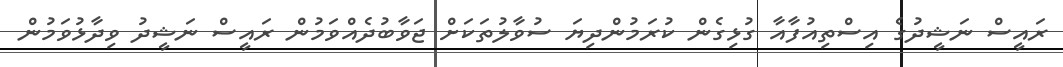
ރައީސް ނަޝީދުގެ އިސްތިއުފާއާ ގުޅިގެން ކުރަމުންދިޔަ ސުވާލުތަކަށް ޖަވާބުދެއްވަމުން ރައީސް ނަޝީދު ވިދާޅުވަމުން